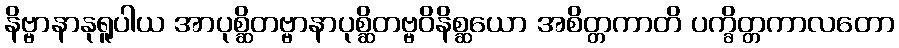
နိဗ္ဗာနာနုရူပါယ အာပုစ္ဆိတဗ္ဗာနာပုစ္ဆိတဗ္ဗဝိနိစ္ဆယော အစိတ္တကာတိ ပက္ခိတ္တကာလတော